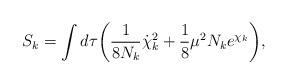
\begin{align*}S_k = \int d \tau \biggl( {1\over 8N_k} {\dot \chi_k}^2 + {1\over 8} \mu^2 N_k e^{\chi_k}\biggr),\end{align*}